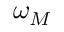
\omega _ { M }